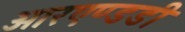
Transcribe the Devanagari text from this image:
आरएण्डडी